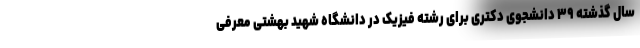
سال گذشته ۳۹ دانشجوی دکتری برای رشته فیزیک در دانشگاه شهید بهشتی معرفی